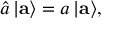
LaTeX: \hat { a } \, | { \bf a } \rangle = a \, | { \bf a } \rangle ,